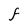
Character: F